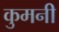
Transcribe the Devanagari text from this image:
कुमनी